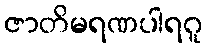
ဇာတိမရဏပါရဂူ